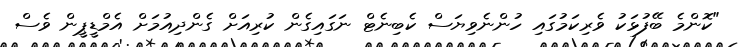
"ކޮންމެ ބޭފުޅަކު ވެރިކަމުގައި ހުންނެވިޔަސް ކެބިނެޓް ނަގައިގެން ކުރިއަށް ގެންދިއުމަށް އެމްޑީޕީން ވެސް